Civil Veterinary Department Bihar & Orissa reports 1922-29 - 1922-1929
Year: 1922
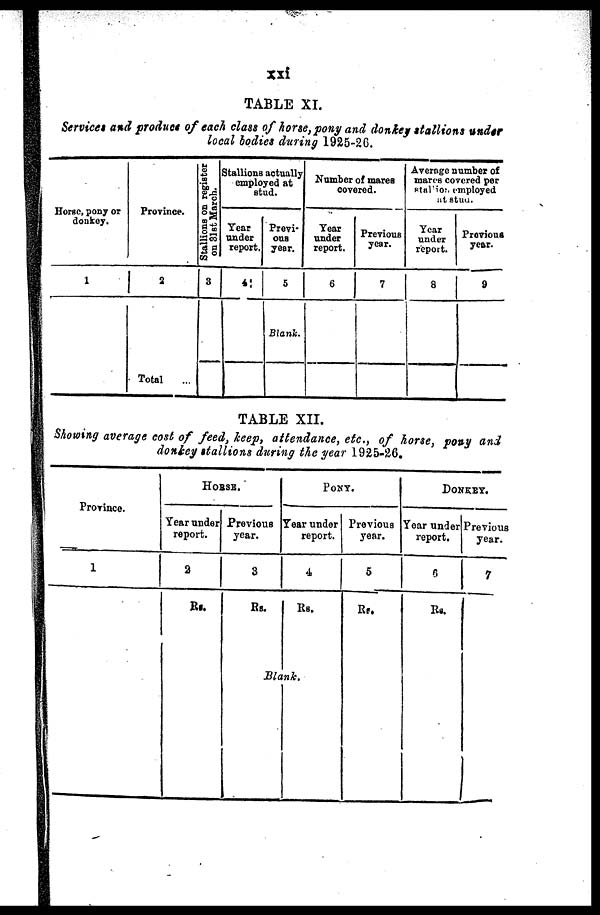
TABLE XI.
Services and product of each class of horse,pony and donkey stallions under
local bodies during 1925-26.
Horse, pony or
donkey.
1
Province.
2
Total
Stallions on register
on 31st March.
3
Stallions actually
employed at
stud.
Tear
under
report,
4
Previ-
ous
year.
5
Blank.
Number of mares
covered.
Year
under
report.
6
Previous
year.
7
Average number of
mares covered per
Station employed
at Stun.
Year
under
report.
8
Previous
year.
9
TABLE XII.
Showing average cost of feed, keep, attendance, etc., of horse, pony and
donkey stallions during the year 1925-26.
Province.
1
HORSE.
Year under
report.
2
Rs.
Previous
year.
3
Rs.
Black.
PONY.
Year under
report.
4.
Rs.
Previous
year.
5
Rs.
DONKEY.
Year under
report.
6
Rs.
Previous
year.
7